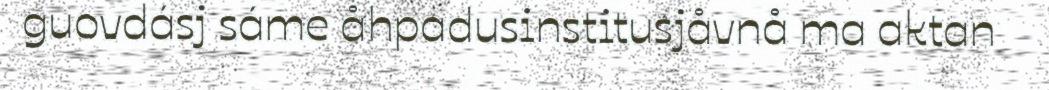
guovdásj sáme åhpadusinstitusjåvnå ma aktan